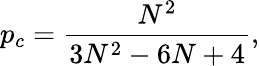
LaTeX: p_{c}=\frac{N^{2}}{3N^{2}-6N+4},